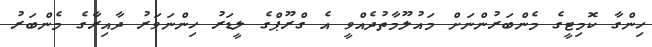
ހިންގާ ކޮމިޓީގެ މެންބަރުންނަށް މައުލޫމާތުދެއްވީ އެ ގްރޫޕްގެ ލީޑަރު ހިންނަވަރު ދާއިރާގެ މެންބަރު